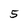
Character: 5